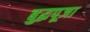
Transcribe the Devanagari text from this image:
बुद्धपूजा